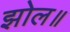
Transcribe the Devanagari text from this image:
झोल॥